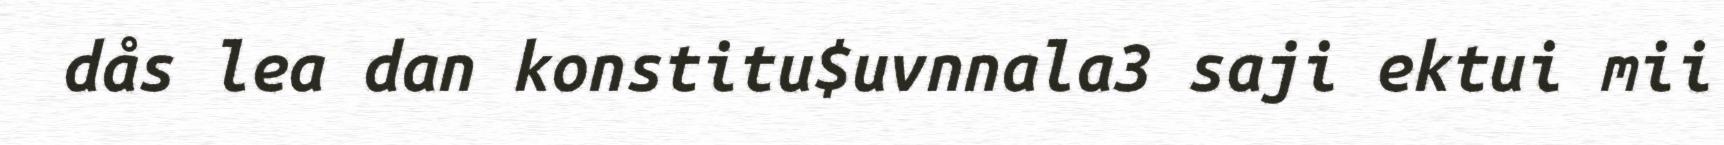
dås lea dan konstitu$uvnnala3 saji ektui mii